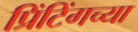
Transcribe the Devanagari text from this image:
प्रिंटिंगच्या